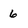
Character: 6